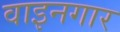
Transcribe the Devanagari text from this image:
वाइनगार